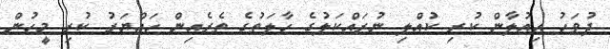
ދުވަހު އިއުލާން ކުރި ކުއްލި ނުރައްކަލުގެ ހާލަތުގެ ތެރެއިން ހައްޔަރު ކުރި މީހުން